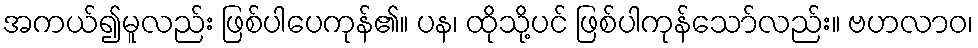
အကယ်၍မူလည်း ဖြစ်ပါပေကုန်၏။ ပန၊ ထိုသို့ပင် ဖြစ်ပါကုန်သော်လည်း။ ဗဟလာဝ၊